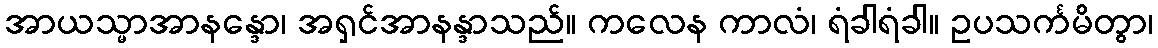
အာယသ္မာအာနန္ဒော၊ အရှင်အာနန္ဒာသည်။ ကလေန ကာလံ၊ ရံခါရံခါ။ ဥပသင်္ကမိတွာ၊